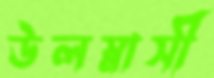
উলস্নাসী